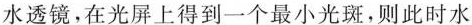
水透镜，在光屏上得到一个最小光斑，则此时水